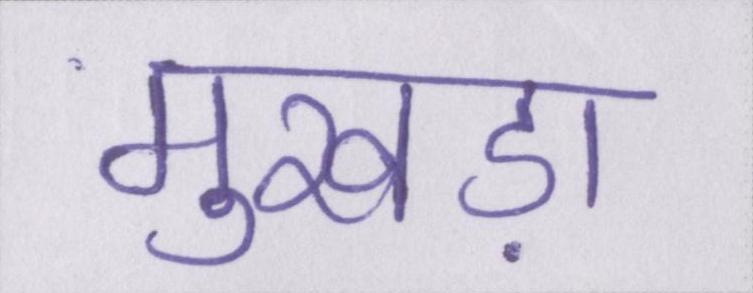
मुखड़ा